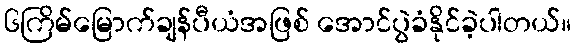
၆ကြိမ်မြောက်ချန်ပီယံအဖြစ် အောင်ပွဲခံနိုင်ခဲ့ပါတယ်။